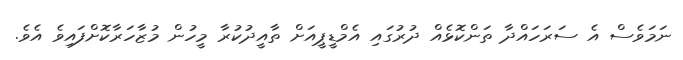
ނަމަވެސް އެ ސަރަހައްދާ ތަންކޮޅެއް ދުރުގައި އެމްޑީޕީއަށް ތާއީދުކުރާ މީހުން މުޒާހަރާކޮށްފައިވެ އެވެ.